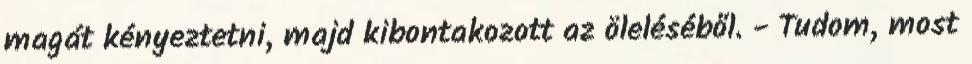
magát kényeztetni, majd kibontakozott az öleléséből. - Tudom, most